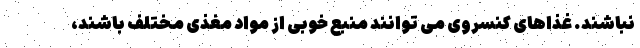
نباشند. غذاهای کنسروی می توانند منبع خوبی از مواد مغذی مختلف باشند،